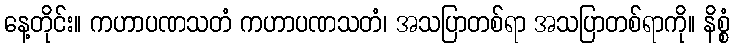
နေ့တိုင်း။ ကဟာပဏသတံ ကဟာပဏသတံ၊ အသပြာတစ်ရာ အသပြာတစ်ရာကို။ နိစ္စံ